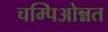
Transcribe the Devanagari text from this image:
चम्पिओन्नत